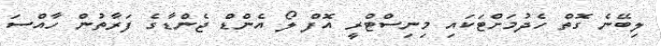
ލިބޭނެ ގޮތް ހެދުމަށްޓަކައި މިނިސްޓްރީ އޮފް ލޯ އެންޑް ޖެންޑާގެ ފަރާތުން ހާއްސަ